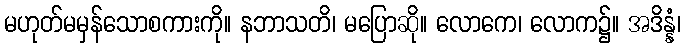
မဟုတ်မမှန်သောစကားကို။ နဘာသတိ၊ မပြောဆို။ လောကေ၊ လောက၌။ အဒိန္နံ၊